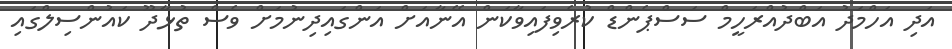
އަދި އަހްމަދު އަބްދުއްރަހީމް ސަސްޕެންޑް ކުރެވިފައިވާކަން އޭނާއަށް އަންގައިދިނުމަށް ވެސް ތުޅާދޫ ކައުންސިލްގައި